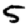
Digit: 5